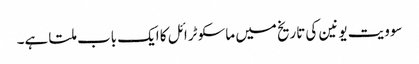
سوویت یونین کی تاریخ میں ماسکو ٹرائل کا ایک باب ملتا ہے۔